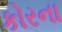
કોરના